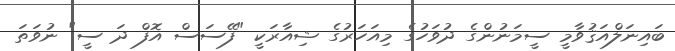
ބައިނަލްއަޤުވާމީ ސީމަނުންގެ ދުވަހުގެ މިއަހަރުގެ ޝިއާރަކީ "ފޭސަސް އޮފް ދަ ސީ" ނުވަތަ